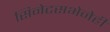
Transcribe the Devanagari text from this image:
सिनेटसभेनेही